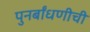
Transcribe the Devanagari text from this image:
पुनर्बांधणीची